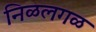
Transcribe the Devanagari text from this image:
निळलगळ